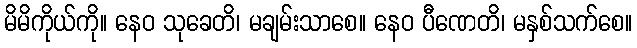
မိမိကိုယ်ကို။ နေဝ သုခေတိ၊ မချမ်းသာစေ။ နေဝ ပီဏေတိ၊ မနှစ်သက်စေ။